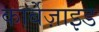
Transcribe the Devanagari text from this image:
कार्बेज़ाइड